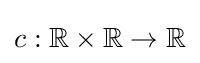
c:\mathbb {R} \times \mathbb {R} \to \mathbb {R}